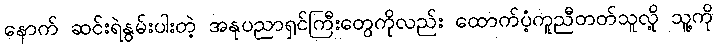
နောက် ဆင်းရဲနွမ်းပါးတဲ့ အနုပညာရှင်ကြီးတွေကိုလည်း ထောက်ပံ့ကူညီတတ်သူလို့ သူ့ကို